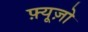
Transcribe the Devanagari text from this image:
फ़्यूज़ो